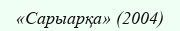
«Сарыарқа» (2004)